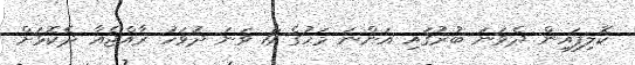
ކޮލިފައިން ދެވަނަ ބުރުގައި އަންނަ މަހުގެ 11 ވަނަ ދުވަހު ރާއްޖެއާ ދެކޮޅަށް